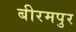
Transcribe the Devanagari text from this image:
बीरमपुर